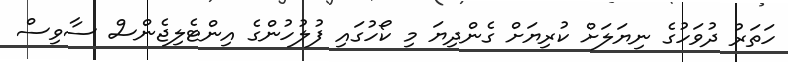
ހަތަރު ދުވަހުގެ ނިޔަލަށް ކުރިޔަށް ގެންދިޔަ މި ކޯހުގައި ފުލުހުންގެ އިންޓެލިޖެންސް ސާވިސް